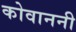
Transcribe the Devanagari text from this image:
कोवाननी